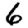
Digit: 6